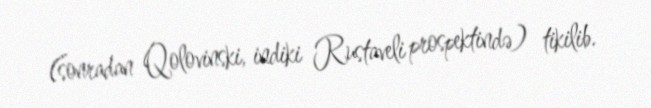
(sonradan Qolovinski, indiki Rustaveli prospektində) tikilib.